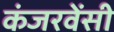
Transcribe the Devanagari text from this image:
कंजरवेंसी